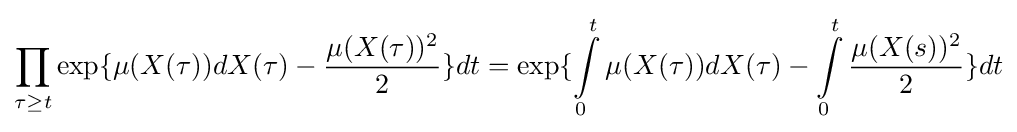
\prod \limits _{\tau \geq t}\exp\{\mu (X(\tau ))dX(\tau )-{\frac {\mu (X(\tau ))^{2}}{2}}\}dt=\exp\{\int \limits _{0}^{t}\mu (X(\tau ))dX(\tau )-\int \limits _{0}^{t}{\frac {\mu (X(s))^{2}}{2}}\}dt